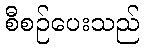
စီစဉ်ပေးသည်